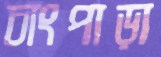
চাংপাড়া